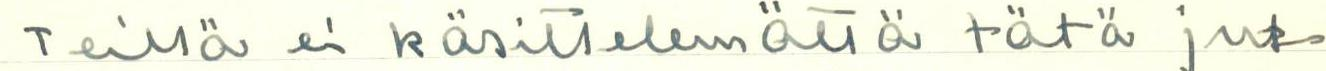
Teillä ei käsittelemättä tät jut-